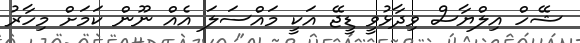
ޝޭހް އިލްޔާސް ވިދާޅުވީ ޑީޖޭ އަކީ މައްސަލަ އެއް ނޫން ކަމަށް މިހާރު